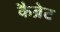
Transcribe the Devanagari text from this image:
कैब्रेट